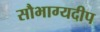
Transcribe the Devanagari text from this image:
सौभाग्यदीप